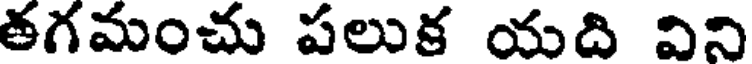
తగమంచు పలుక యది విని